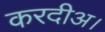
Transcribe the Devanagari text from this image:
करदीअ।